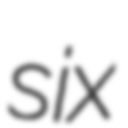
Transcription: six